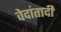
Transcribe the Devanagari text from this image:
वेदांतादी